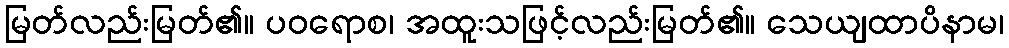
မြတ်လည်းမြတ်၏။ ပဝရောစ၊ အထူးသဖြင့်လည်းမြတ်၏။ သေယျထာပိနာမ၊